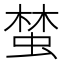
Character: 𱿨